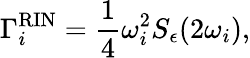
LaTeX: \Gamma_{i}^{\mathrm{RIN}}=\frac{1}{4}\omega_{i}^{2}S_{\epsilon}(2\omega_{i}),